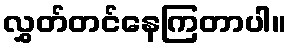
လွှတ်တင်နေကြတာပါ။